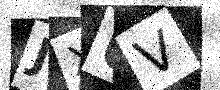
Text: JXUV